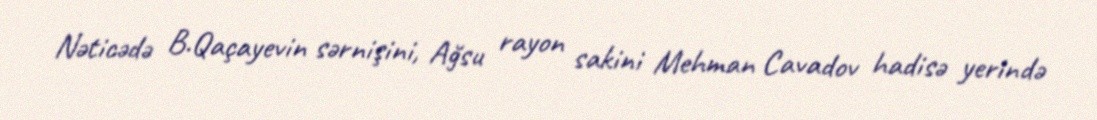
Nəticədə B.Qaçayevin sərnişini, Ağsu rayon sakini Mehman Cavadov hadisə yerində